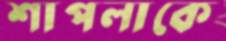
শাপলাকে